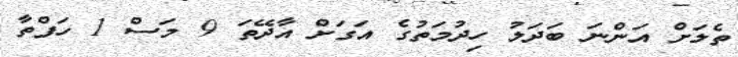
ތެލަށް އަންނަ ބަދަލު ހިދުމަތުގެ އަގަށް އާދޭތަ 9 މަސް 1 ހަފްތާ